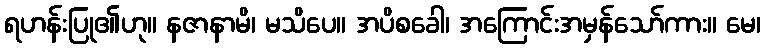
ရဟန်းပြု၏ဟု။ နဇာနာမိ၊ မသိပေ။ အပိစခေါ၊ အကြောင်းအမှန်သော်ကား။ မေ၊